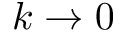
k \rightarrow 0